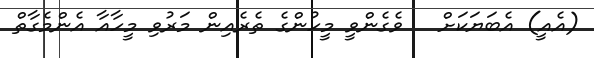
(އެއީ) އެބަޔަކަށް   ވެގެންވީ މީހުންގެ ތެރެއިން މަރުވި މީހާއާ އެންމެގާތް